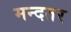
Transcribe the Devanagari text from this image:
मन्दतर